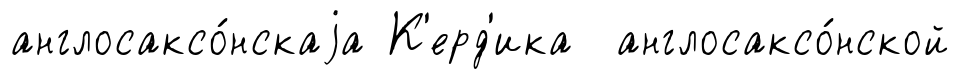
англосаксо́нскаjа К'ерд'ика англосаксо́нской